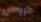
كروس